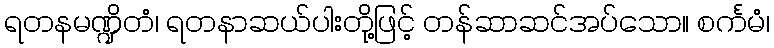
ရတနမဏ္ဍိတံ၊ ရတနာဆယ်ပါးတို့ဖြင့် တန်ဆာဆင်အပ်သော။ စင်္ကမံ၊